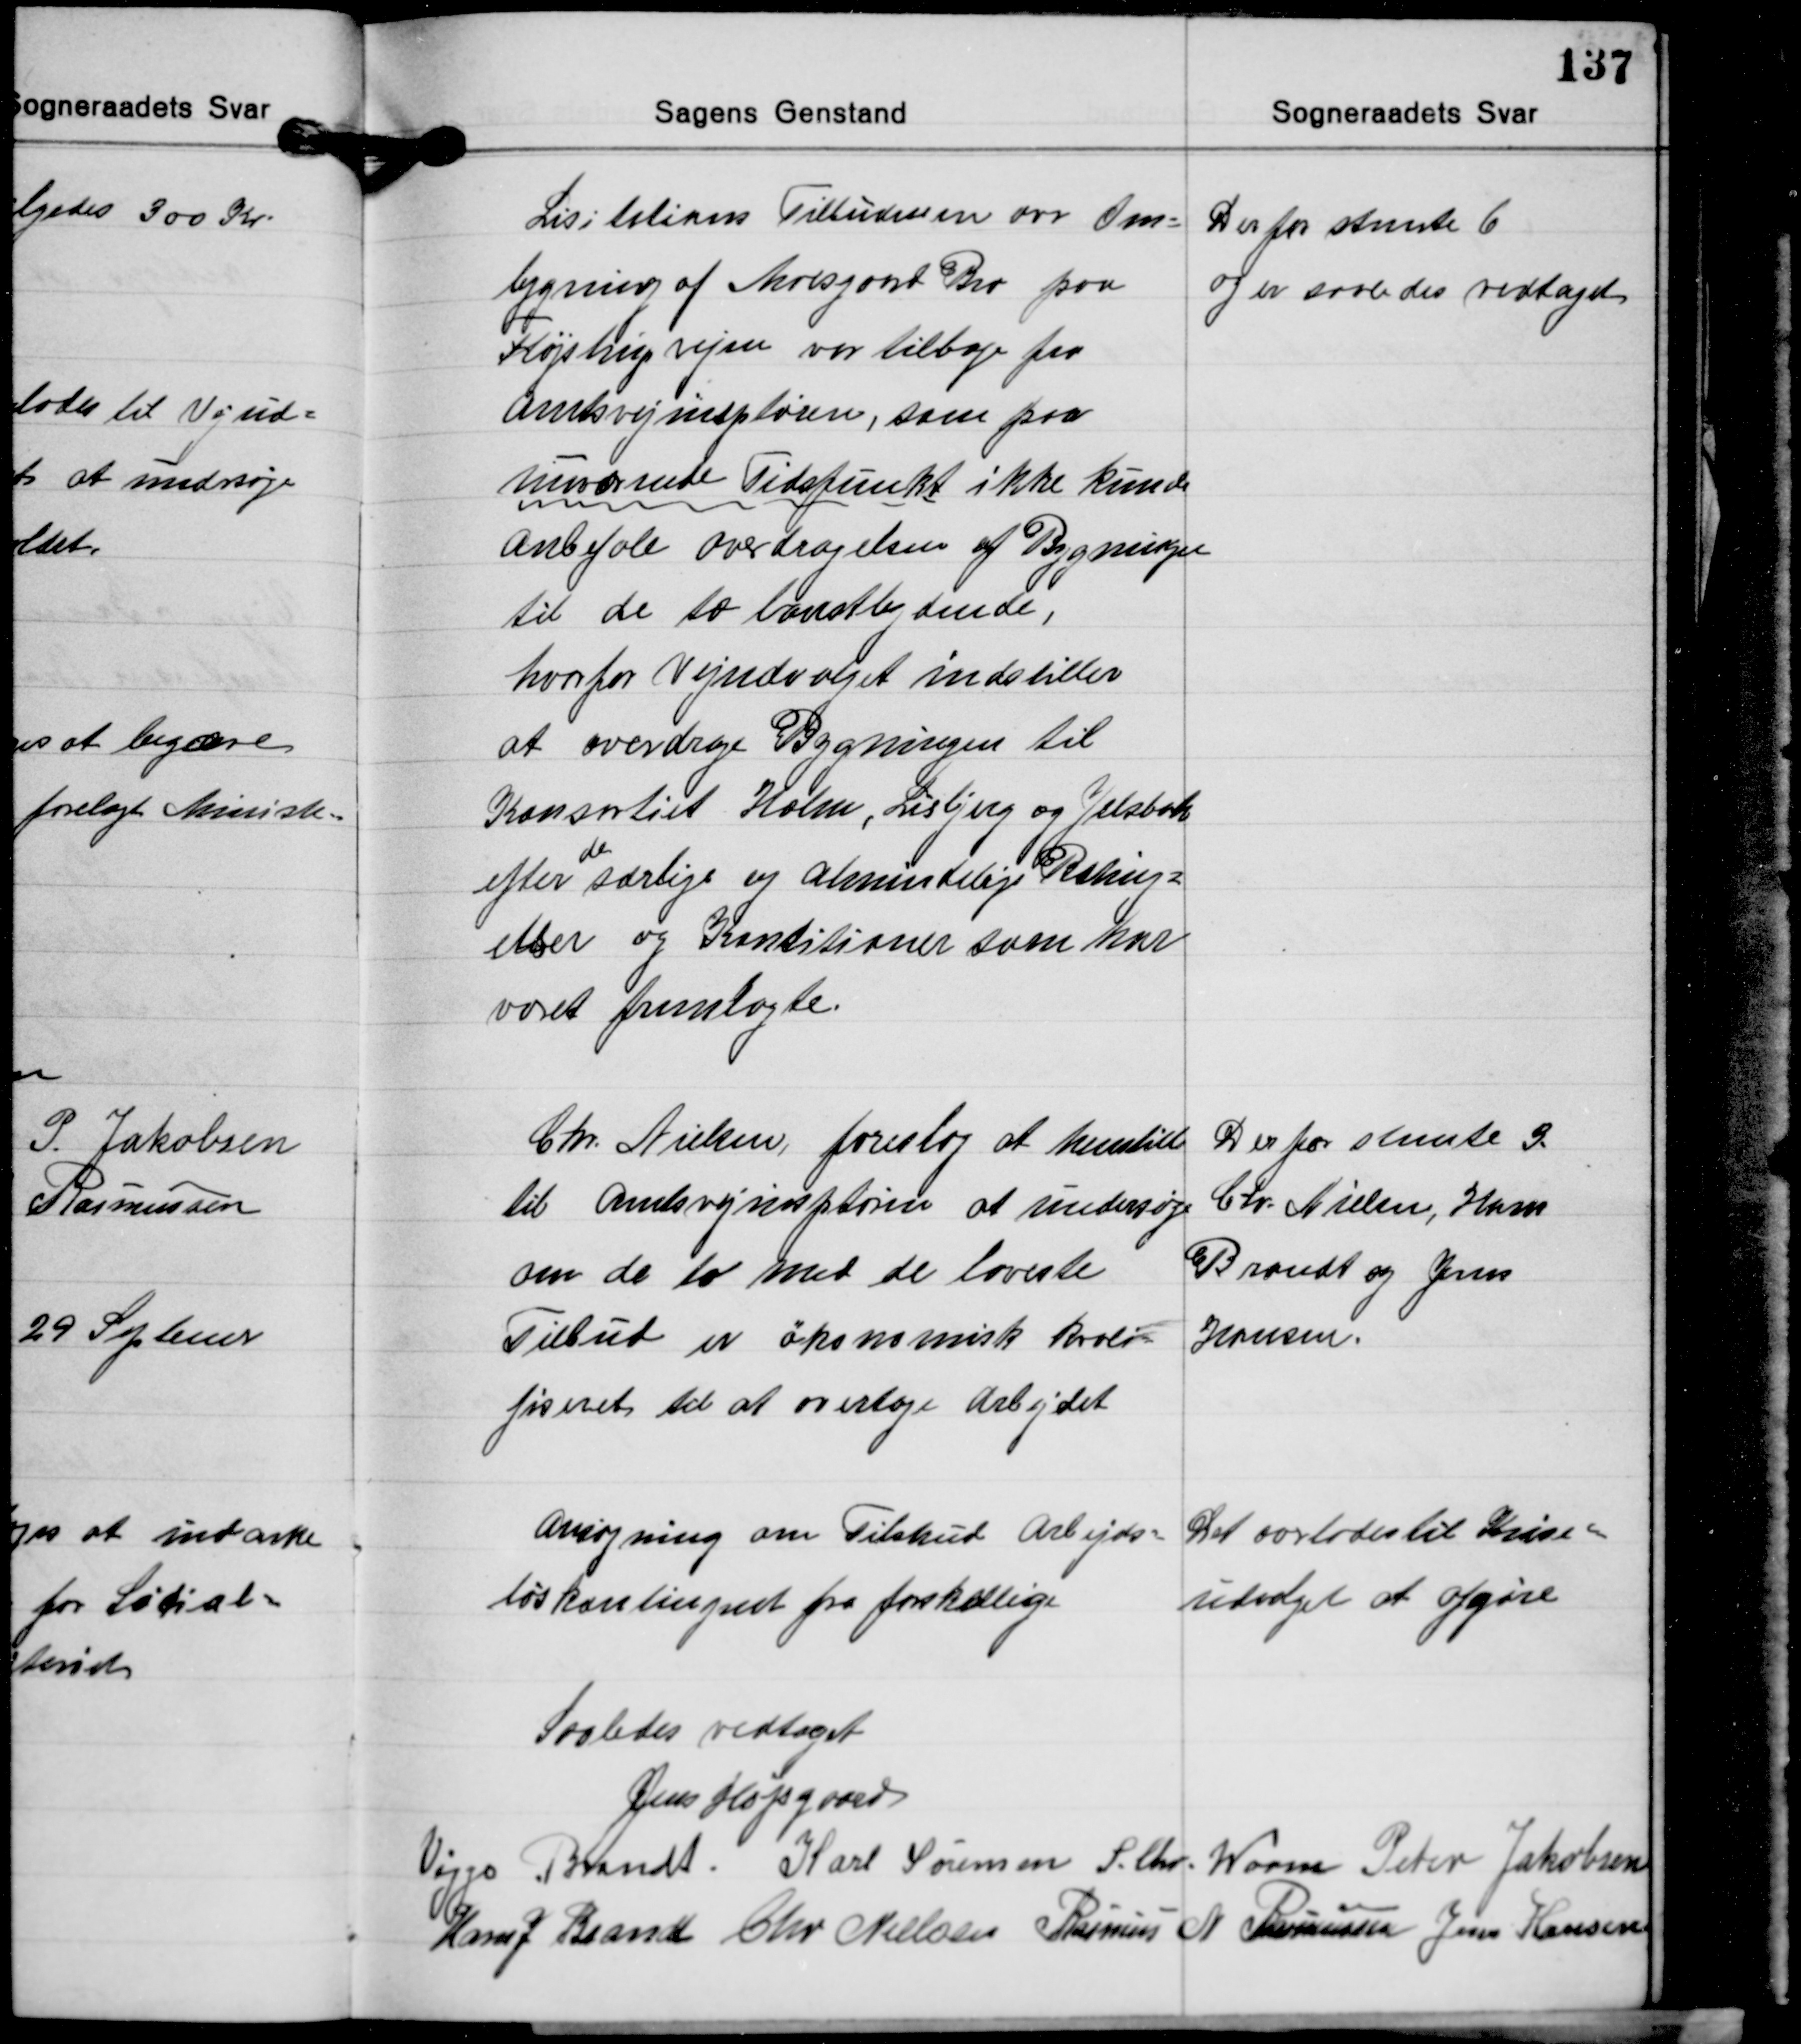
Transskription:
Lisitations Tilbudenen om Om-
bygning af Moesgaard Bro paa
Fløjstrupvejen var tilbage fra
Amtsvejinspektøren, som paa
nuværende Tidspunkt ikke kunde
Anbefale overdragelsen af Bygningen
til de to lavestbydende,
hvorfor Vejudvalget indstiller
at overdrage Bygningen til
Konsortiet Holm, Lisbjerg og Jelsbak
de
efter særlige og almindelige Rshuj-
elser og Konditioner som har
været fremlagte.

Der for stemte 6
og er saaledes vedtaget

Chr. Nielsen, foreslog at henstille
til Amtsvejinspektøren at undersøge
om de to med de laveste
Tilbud er økonomisk kvali-
fiseret til at overtage Arbejdet

Der for stemte 3.
Chr. Nielsen, Hans
Brandt og Jens
Hansen.

Ansøgning om Tilskud Arbejds-
løskontingent fra forskellige

Det overlodes til Krise-
udvalget at afgøre

Saaledes vedtaget
Jens Højsgaard
Viggo Brandt Karl Sørensen S. Chr. Worm Peter Jakobsen
Hans J. Brandt Chr. Nielsen Rasmus N. Rasmussen Jens Hansen